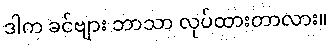
ဒါက ခင်ဗျား ဘာသာ လုပ်ထားတာလား။